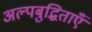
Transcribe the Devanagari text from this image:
अल्पबुद्धिताएँ